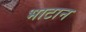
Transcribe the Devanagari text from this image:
भाटान